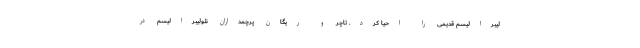
لیبرالیسم قدیمی را احیا کرد. تاچر و ریگان پرچمداران نئولیبرالیسم در